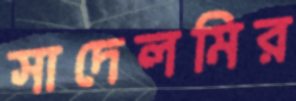
সাদেলমির